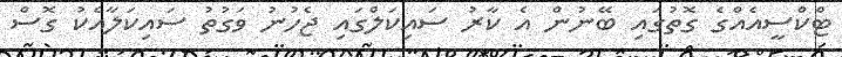
ޓްކްސީއެއްގެ ގޮތުގައި ބޭނުން އެ ކާރު ސައިކަލްގައި ޖެހުނު ވަގުތު ސައިކަލާއެކު ގޮސް